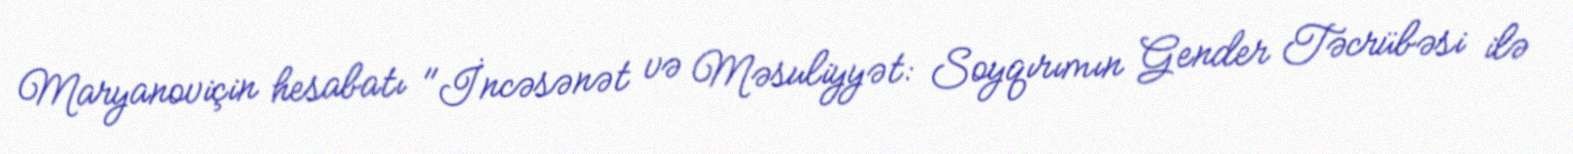
Maryanoviçin hesabatı "İncəsənət və Məsuliyyət: Soyqırımın Gender Təcrübəsi ilə